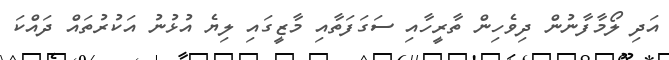
އަދި ލޯމާފާނުން ދިވެހިން ތާރީހާއި ސަގަފަތާއި މާޒީގައި ލިޔެ އުޅުނު އަކުރުތައް ދައްކަ